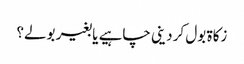
زکاۃ بول کر دینی چاہیے یا بغیر بولے؟